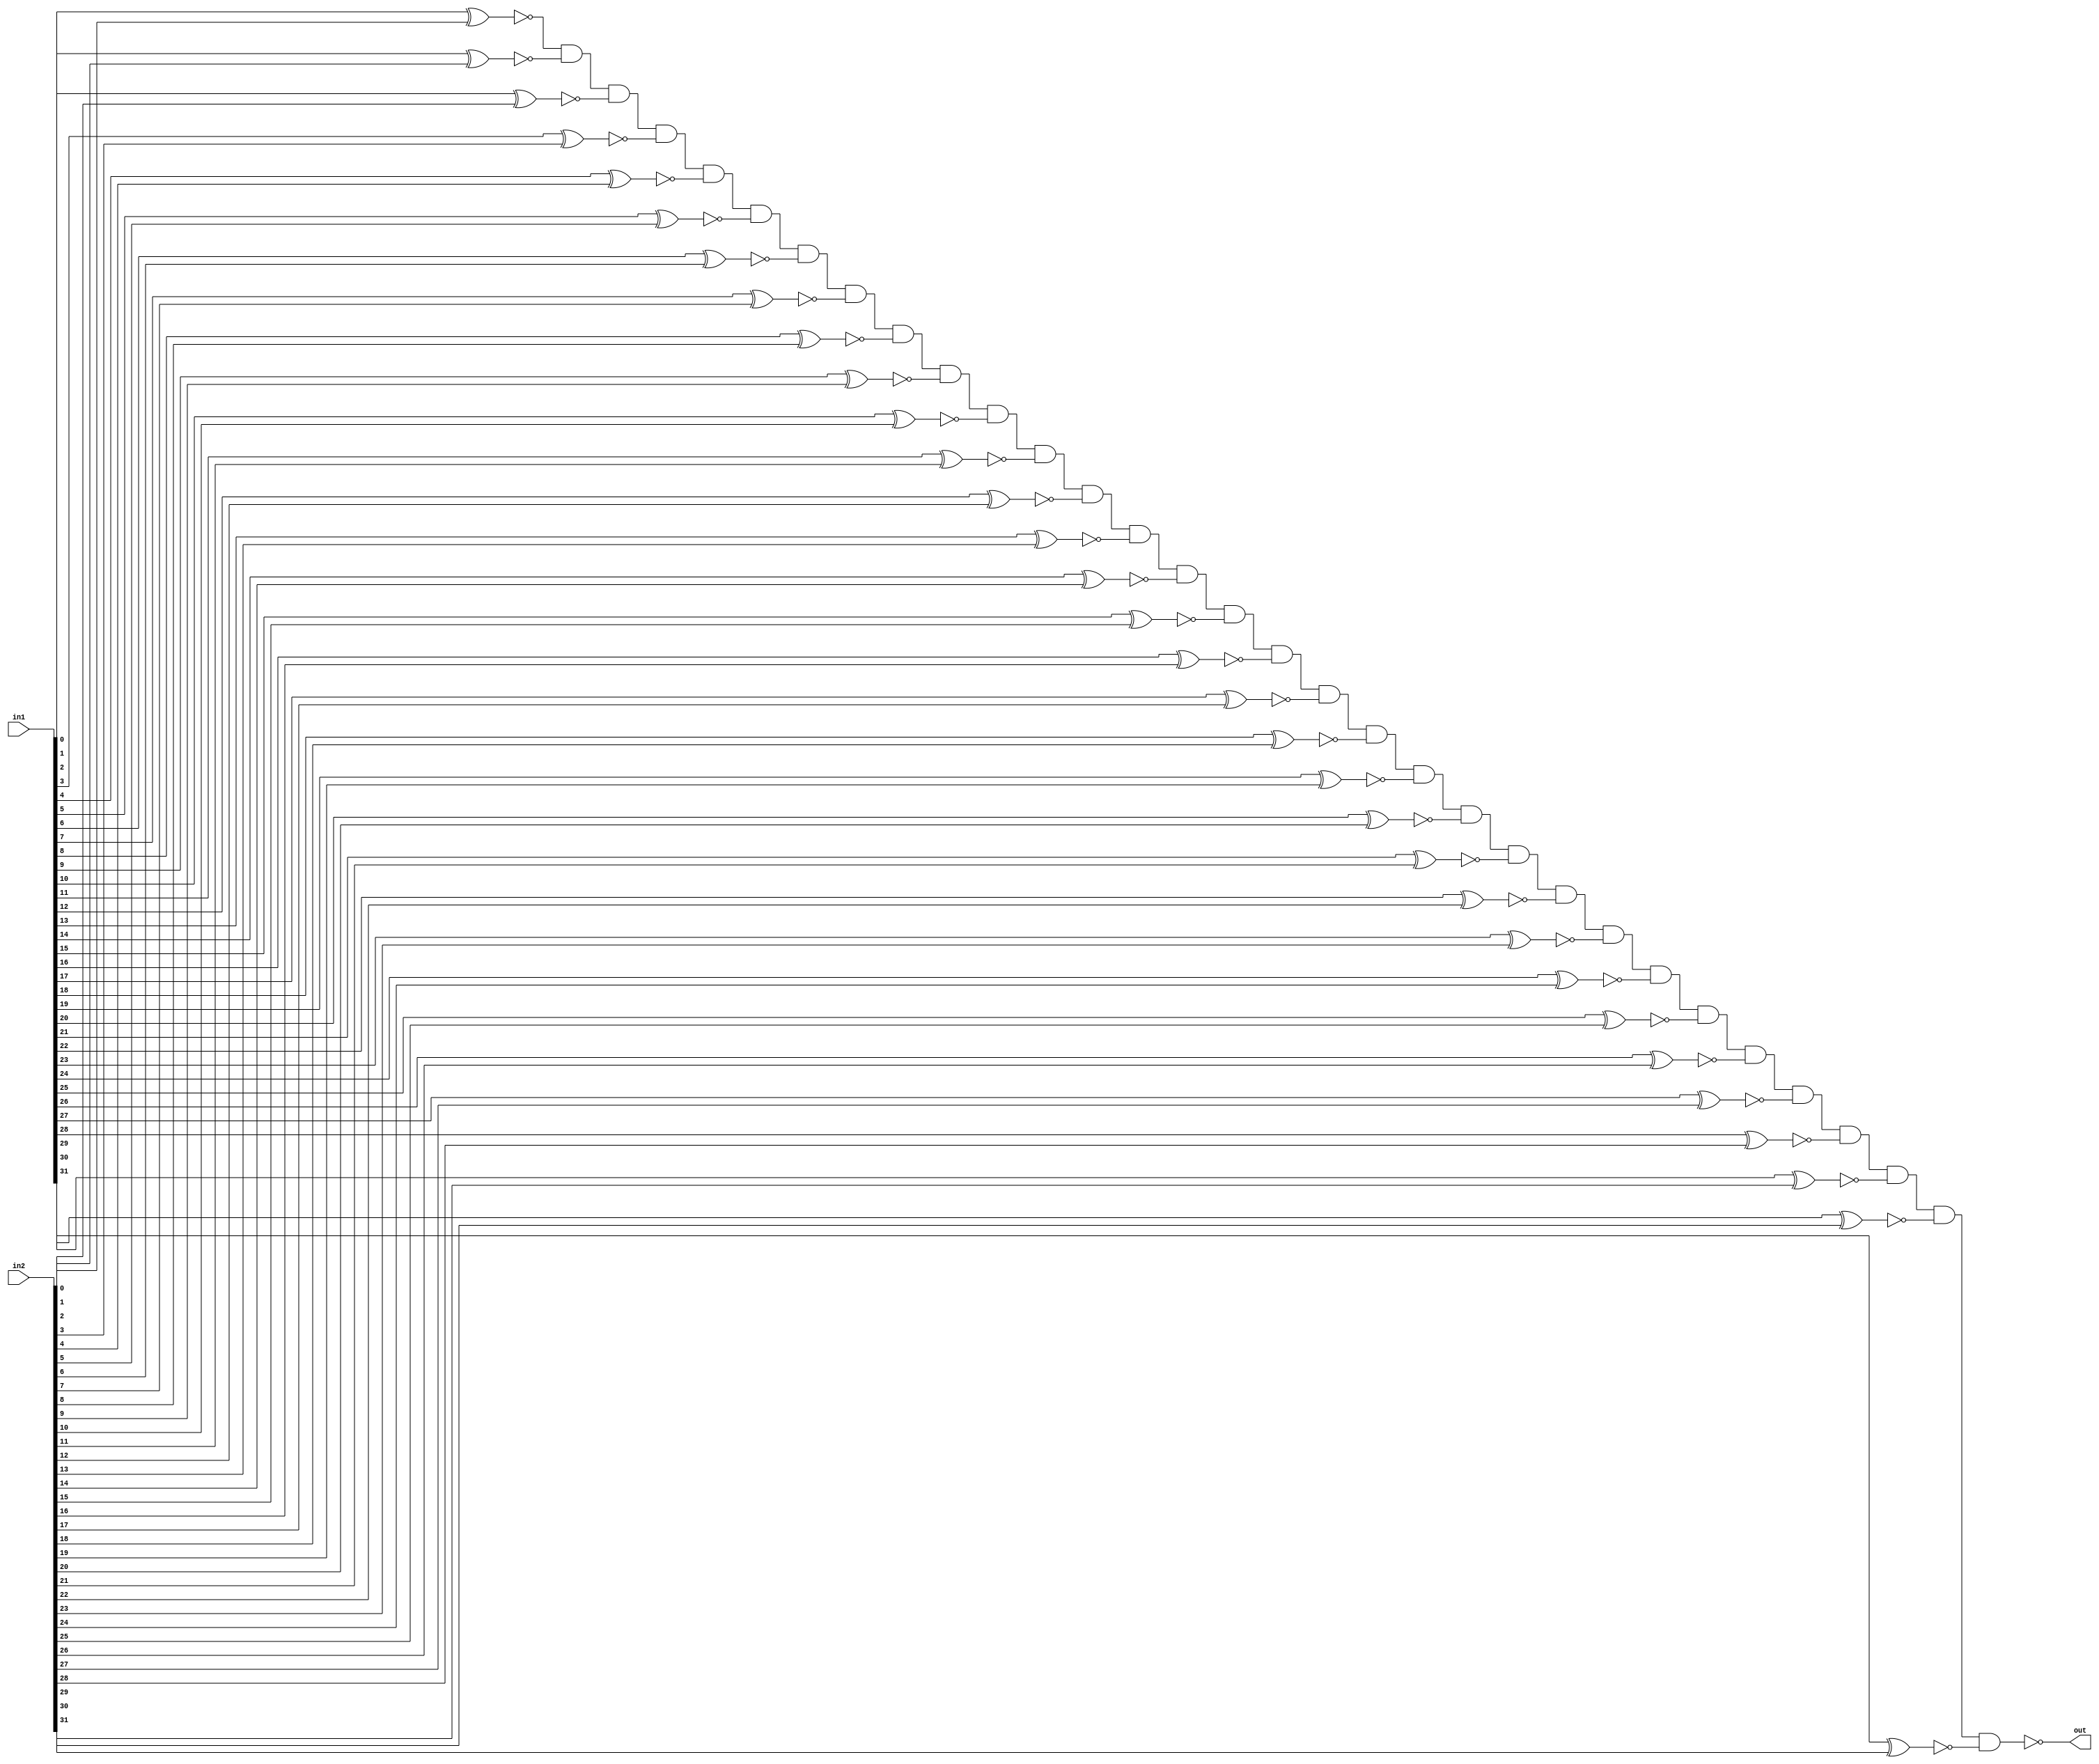
module not_equal(in1, in2 , out);
		
	input [31:0] in1, in2;
	wire [31:0] w;
	output out;
	
	genvar v;
	generate
	for(v = 0; v < 32; v=v+1) begin: xnor_loop
		xnor (w[v], in1[v], in2[v]);
	end
	endgenerate
	
	assign out = ~(w[0] & w[1] & w[2] & w[3] & w[4] & w[5] & w[6] & w[7] &
					  w[8] & w[9] & w[10] & w[11] & w[12] & w[13] & w[14] & w[15] &
					  w[16] & w[17] & w[18] & w[19] & w[20] & w[21] & w[22] & w[23] &
					  w[24] & w[25] & w[26] & w[27] & w[28] & w[29] & w[30] & w[31]);
	
endmodule